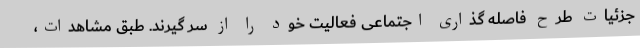
جزئیات طرح فاصله گذاری اجتماعی فعالیت خود را از سر گیرند. طبق مشاهدات،